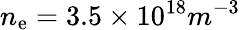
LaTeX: n_{\mathrm{e}}=3.5\times10^{18}m^{-3}